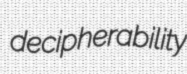
decipherability